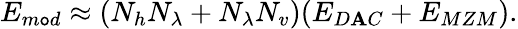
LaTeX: E_{m\mathtt{o}d}\approx(N_{h}N_{\lambda}+N_{\lambda}N_{v})(E_{D\mathbf{A}C}+E_{MZM}).